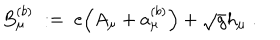
LaTeX: B _ { \mu } ^ { ( b ) } \; : = \; e \Big ( A _ { \mu } + a _ { \mu } ^ { ( b ) } \Big ) + \sqrt { g } h _ { \mu } \; .